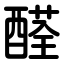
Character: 醛